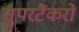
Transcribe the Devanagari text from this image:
सुपरटैंकरों